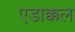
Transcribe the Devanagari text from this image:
एडाक्कल